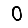
Digit: 0